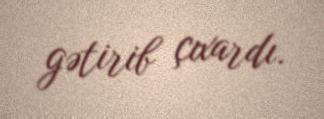
gətirib çıxardı.